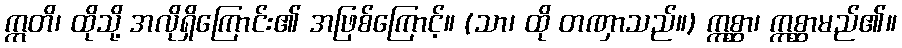
ဣတိ၊ ထိုသို့ အလိုရှိကြောင်း၏ အဖြစ်ကြောင့်။ (သာ၊ ထို တဏှာသည်။) ဣစ္ဆာ၊ ဣစ္ဆာမည်၏။